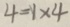
4 = 1 \times 4